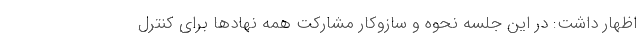
اظهار داشت: در این جلسه‌ نحوه و سازوکار مشارکت همه نهادها برای کنترل